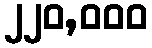
၂၂၀,၀၀၀